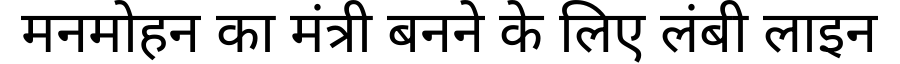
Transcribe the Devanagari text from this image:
मनमोहन का मंत्री बनने के लिए लंबी लाइन